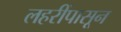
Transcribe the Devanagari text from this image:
लहरींपासून